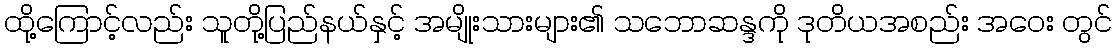
ထို့ကြောင့်လည်း သူတို့ပြည်နယ်နှင့် အမျိုးသားများ၏ သဘောဆန္ဒကို ဒုတိယအစည်း အဝေး တွင်